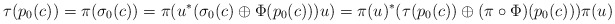
\begin{align*}\tau(p_0(c)) = \pi (\sigma_0(c)) = \pi(u^\ast(\sigma_0(c)\oplus \Phi(p_0(c)))u) = \pi(u)^\ast ( \tau(p_0(c)) \oplus (\pi \circ \Phi)(p_0(c))) \pi(u)\end{align*}